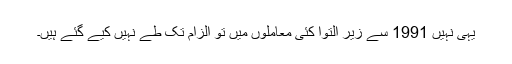
یہی نہیں 1991 سے زیر التوا کئی معاملوں میں تو الزام تک طے نہیں کیے گئے ہیں۔